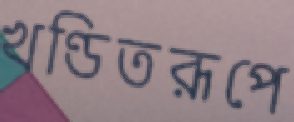
খণ্ডিতরূপে